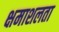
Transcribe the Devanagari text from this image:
क्षमाशलता